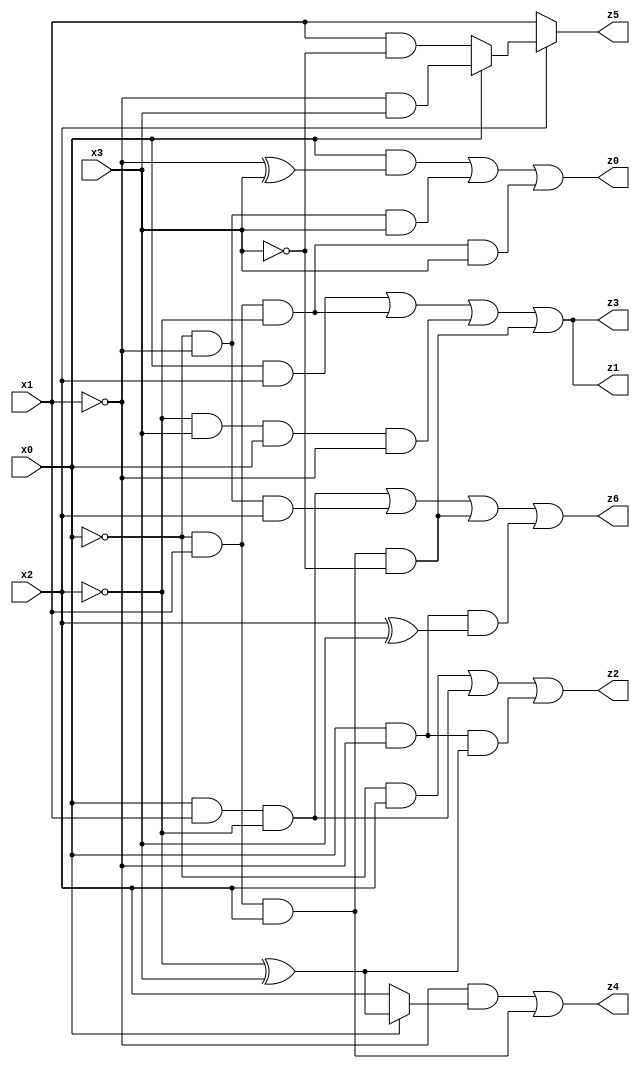
// Benchmark "X_4_64" written by ABC on Wed Jun 28 02:20:41 2023

module X_4_64 ( 
    x0, x1, x2, x3,
    z0, z1, z2, z3, z4, z5, z6  );
  input  x0, x1, x2, x3;
  output z0, z1, z2, z3, z4, z5, z6;
  assign z0 = (x0 & (~x1 ^ x3)) | (~x0 & ~x1 & x3) | (~x0 & x1 & ~x2 & x3);
  assign z1 = (x0 & x2) | (~x0 & x1 & ~x2) | (~x2 & x3 & x0 & ~x1) | (~x0 & x1 & x2 & ~x3);
  assign z2 = (~x0 & x2) | (x0 & x1 & ~x2) | (x0 & ~x1 & (~x2 ^ x3));
  assign z3 = (x0 & x2) | (~x0 & x1 & ~x2) | (~x2 & x3 & x0 & ~x1) | (~x0 & x1 & x2 & ~x3);
  assign z4 = (~x1 & (x0 ? (~x2 ^ x3) : x2)) | (~x0 & x1 & x2);
  assign z5 = x2 ? (x0 ? (~x1 & x3) : (x1 & ~x3)) : x1;
  assign z6 = (x0 & x1 & ~x2) | (~x0 & ~x1 & x2) | (~x0 & x1 & x2 & ~x3) | (x0 & ~x1 & (x2 ^ x3));
endmodule